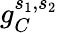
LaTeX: g_{C}^{s_{1},s_{2}}